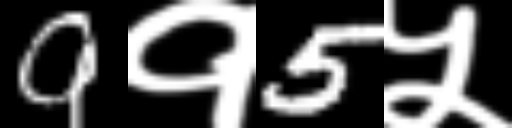
Text: 9१5५